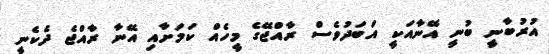
އުރުބާނީ ބުނީ އޭނާއަކީ އަބަދުވެސް ރާއްޖޭގެ މީހެއް ކަމަށާއި އޭނާ ރާއްޖެ ދެކެނީ